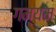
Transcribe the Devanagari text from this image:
गम्यम